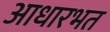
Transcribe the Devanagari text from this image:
आधारभत